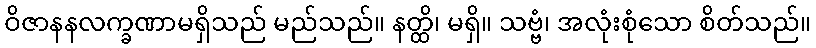
ဝိဇာနနလက္ခဏာမရှိသည် မည်သည်။ နတ္ထိ၊ မရှိ။ သဗ္ဗံ၊ အလုံးစုံသော စိတ်သည်။